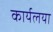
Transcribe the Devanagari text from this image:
कार्यलया